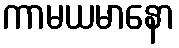
ကာမယမာနော